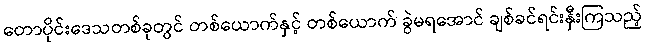
တောပိုင်းဒေသတစ်ခုတွင် တစ်ယောက်နှင့် တစ်ယောက် ခွဲမရအောင် ချစ်ခင်ရင်းနှီးကြသည့်